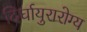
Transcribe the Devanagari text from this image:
दिर्घायुरारोग्य